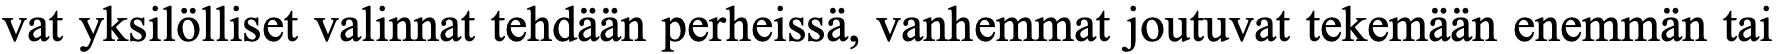
vat yksilölliset valinnat tehdään perheissä, vanhemmat joutuvat tekemään enemmän tai